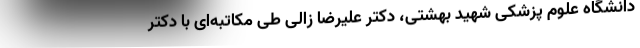
دانشگاه علوم پزشکی شهید بهشتی، دکتر علیرضا زالی طی مکاتبه‌ای با دکتر